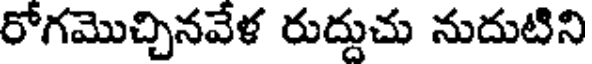
రోగమొచ్చినవేళ రుద్దుచు నుదుటిని